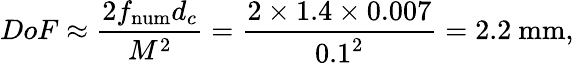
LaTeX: DoF\approx\frac{2f_{\mathrm{num}}d_{c}}{M^{2}}=\frac{2\times 1.4\times 0.007}{0.1^{2}}=2.2~\mathrm{mm},